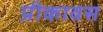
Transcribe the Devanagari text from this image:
प्रीकावस